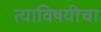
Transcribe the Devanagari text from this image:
त्याविषयीचा